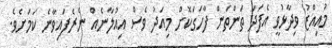
މުއިއްޒު ވިދާޅުވީ އެފަދަ ތަންތަން ފާހަގަކޮށް މިއަދު ވެސް އިއުލާނެއް ނެރެފައިވާނެ ކަމަށެވެ.